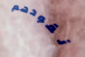
نقودهم